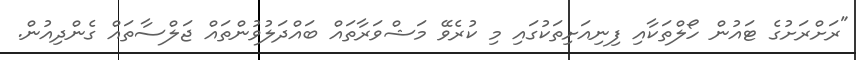
"ރަށްރަށުގެ ޓައުން ހޯލްތަކާއި ފިނިއަށިތަކުގައި މި ކުރެވޭ މަޝްވަރާތައް ބައްދަލުވުންތައް ޖަލްސާތައް ގެންދިއުން.